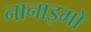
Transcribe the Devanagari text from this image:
नानाइमो